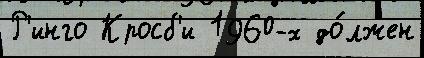
Р'инго Кросб'и 1960-х до́лжен